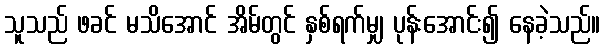
သူသည် ဖခင် မသိအောင် အိမ်တွင် နှစ်ရက်မျှ ပုန်းအောင်း၍ နေခဲ့သည်။